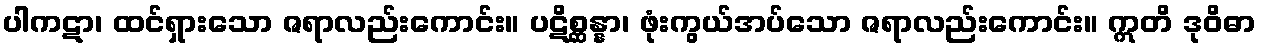
ပါကဋာ၊ ထင်ရှားသော ဇရာလည်းကောင်း။ ပဋိစ္ဆန္နာ၊ ဖုံးကွယ်အပ်သော ဇရာလည်းကောင်း။ ဣတိ ဒုဝိဓာ